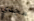
مجدي